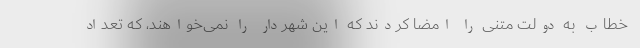
خطاب به دولت متنی را امضا کردند که این شهردار را نمی‌خواهند، که تعداد